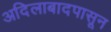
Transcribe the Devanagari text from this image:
अदिलाबादपासून